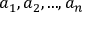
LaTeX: a _ { 1 } , a _ { 2 } , . . . , a _ { n }